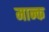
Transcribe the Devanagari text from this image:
मान्क